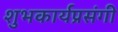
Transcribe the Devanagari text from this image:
शुभकार्यप्रसंगी